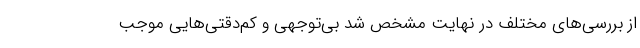
از بررسی‌های مختلف در نهایت مشخص شد بی‌توجهی و کم‌دقتی‌هایی موجب